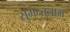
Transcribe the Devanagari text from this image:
सुमन्तुनाम